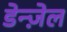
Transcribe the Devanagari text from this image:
डेन्ज़ेल